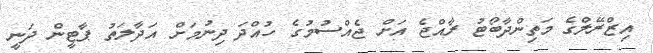
އިޒްރޭލްގެ މަތިންދާބޯޓު ރާއްޖެ އަށް ޖެއްސުމުގެ ހުއްދަ ދިނުމަށް އަދާލަތު ޕާޓީން ދަނީ